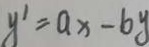
y ^ { \prime } = a x - b y